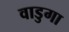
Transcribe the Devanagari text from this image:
वाडुगा